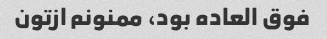
فوق العاده بود، ممنونم ازتون